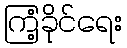
ကြံ့ခိုင်ရေး